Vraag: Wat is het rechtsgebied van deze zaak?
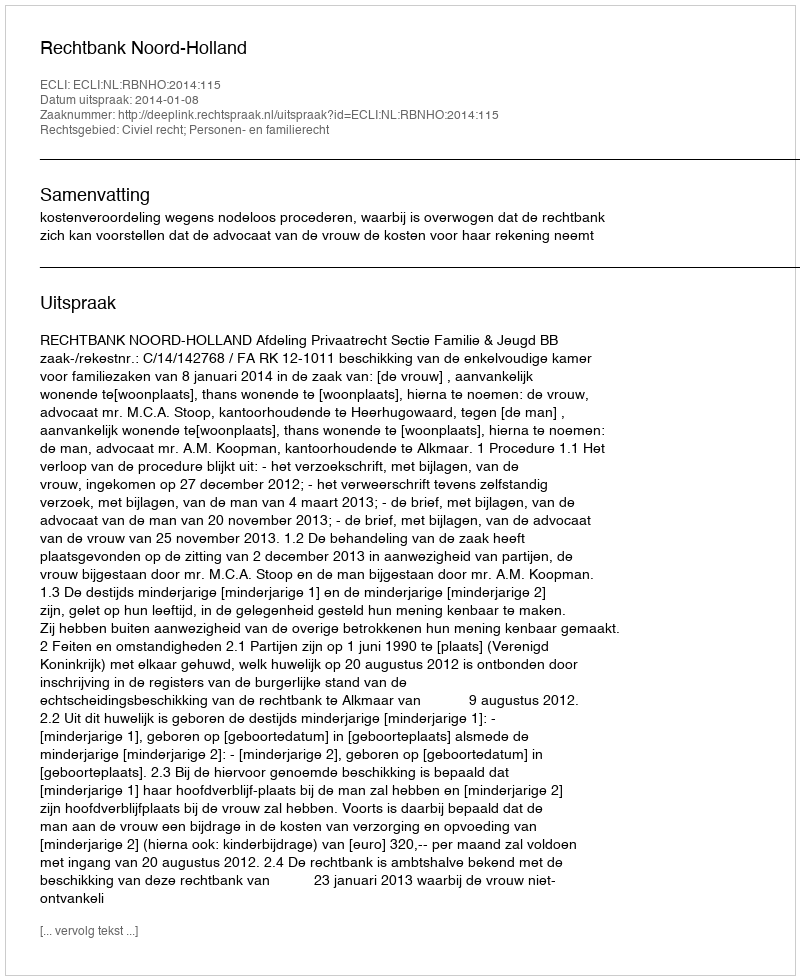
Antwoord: Civiel recht; Personen- en familierecht